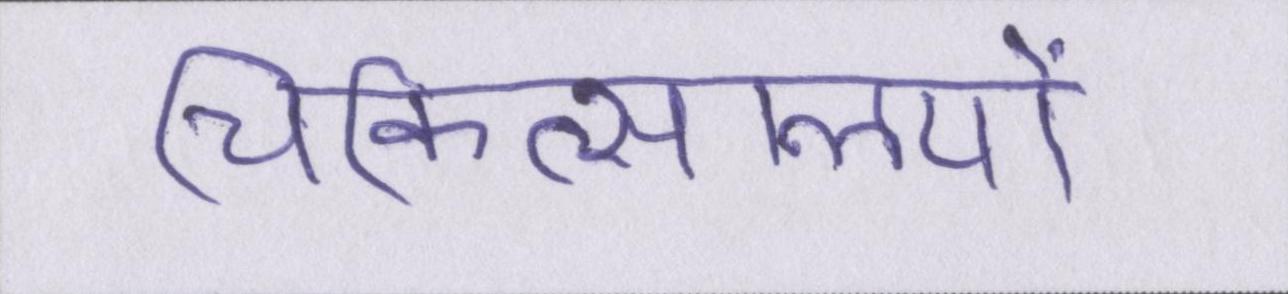
चिकित्सालयों